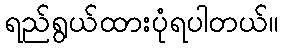
ရည်ရွယ်ထားပုံရပါတယ်။